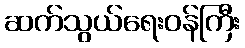
ဆက်သွယ်ရေးဝန်ကြီး